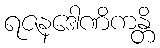
ရဇနဒေါဏိကန္တိ